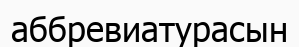
аббревиатурасын